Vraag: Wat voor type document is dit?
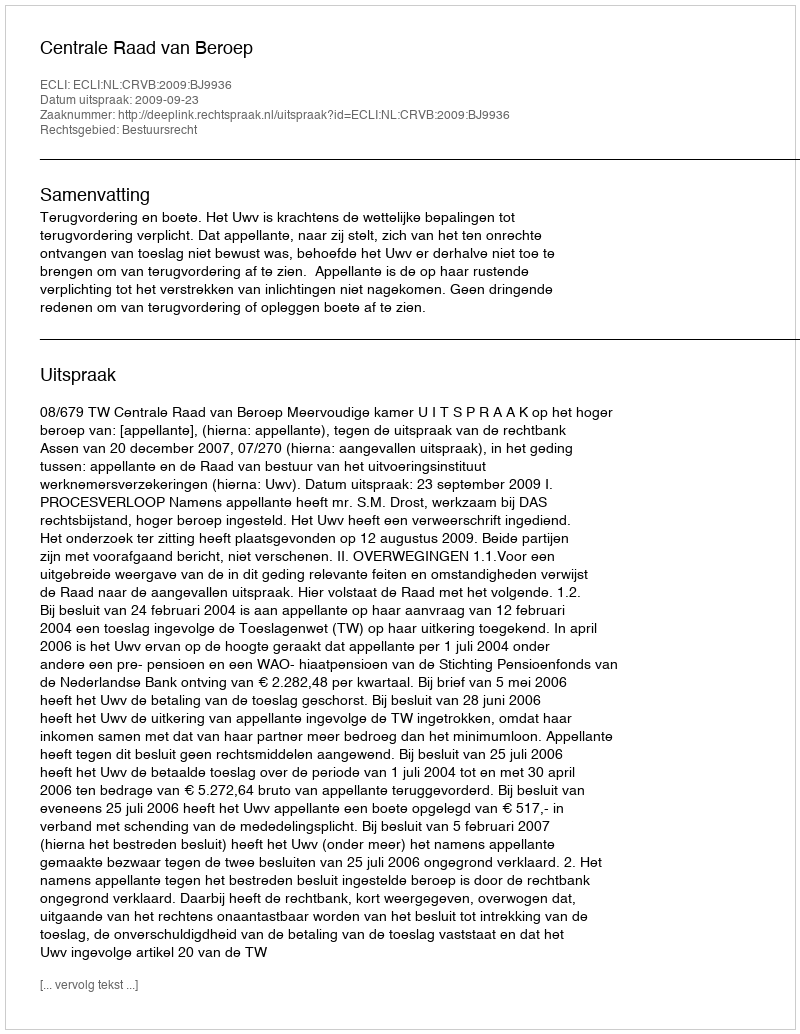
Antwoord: Uitspraak